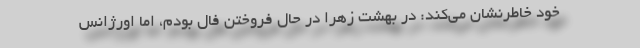
خود خاطرنشان می‌کند: در بهشت زهرا در حال فروختن فال بودم، اما اورژانس